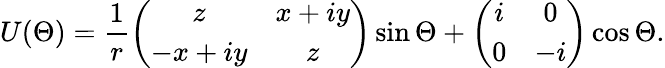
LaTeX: U(\Theta)=\frac{1}{r}\left(\begin{array}{cc}{{z}}&{{x+iy}}\\ {{-x+iy}}&{{z}}\end{array}\right)\sin\Theta+\left(\begin{array}{cc}{{i}}&{{0}}\\ {{0}}&{{-i}}\end{array}\right)\cos\Theta.